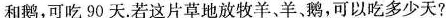
和鹅，可吃90天.若这片草地放牧羊、羊、鹅，可以吃多少天?